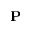
{ \bf P }